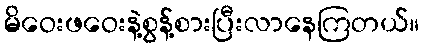
မိဝေးဖဝေးနဲ့စွန့်စားပြီးလာနေကြတယ်။